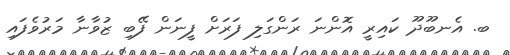
ބ. އެނބޫދޫ ކައިރީ އޮންނަ ރަންގަލި ފަރަށް ފީނަން ފޭބި ޒުވާނާ މަރުވެފައި